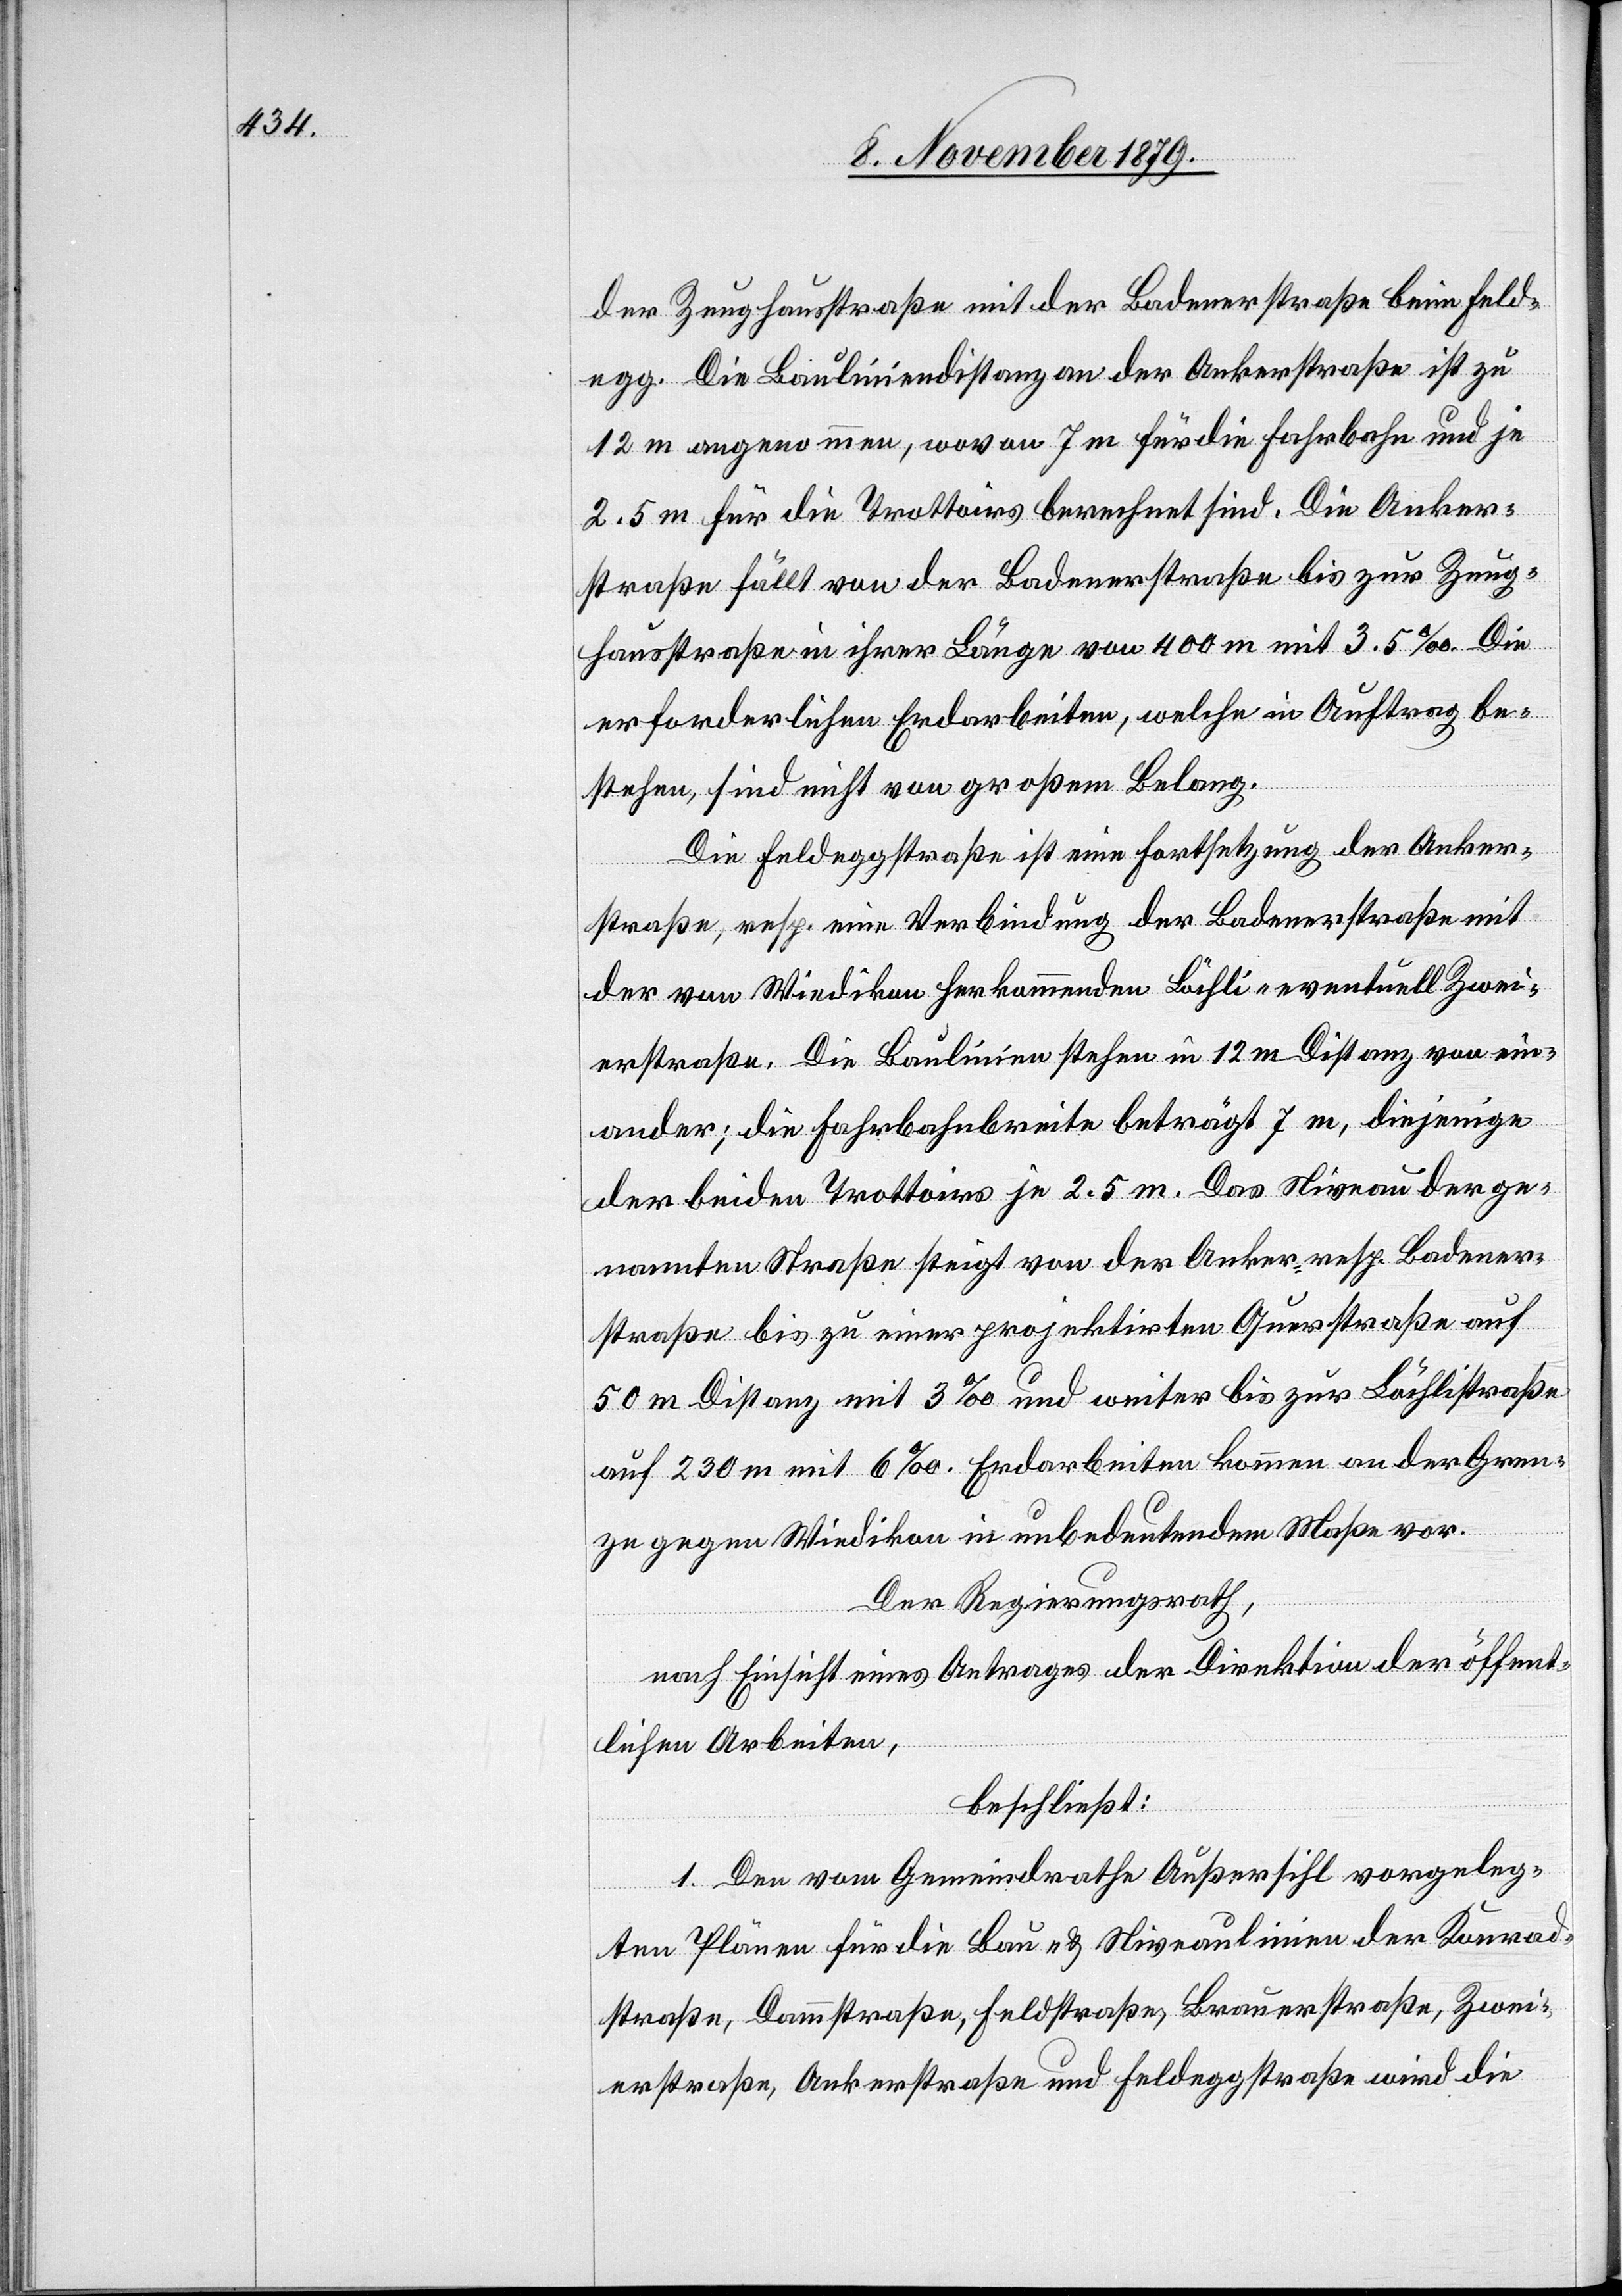
der Zeughausstraße mit der Badenerstraße beim Feld¬
egg. Die Bauliniendistanz an der Ankerstraße ist zu
12 m angenommen, wovon 7 m für die Fahrbahn und je
2.5 m für die Trottoirs berechnet sind. Die Anker¬
straße fällt von der Badenerstraße bis zur Zeug¬
hausstraße in ihrer Länge von 400 m mit 3.5%. Die
erforderlichen Erdarbeiten, welche in Auftrag be¬
stehen, sind nicht von großem Belang.
Die Feldeggstraße ist eine Fortsetzung der Anker¬
straße, resp. eine Verbindung der Badenerstraße mit
der von Wiedikon herkommenden Löchli- eventuell Zwei¬
erstraße, Die Baulinien stehen in 12 m Distanz von ein¬
ander; die Fahrbahnbreite beträgt 7 m, diejenige
der beiden Trottoirs je 2.5 m. Das Niveau der ge¬
nannten Straße steigt von der Anker- resp. Badener¬
straße bis zu einer projektirten Querstraße auf
50 m Distanz mit 3% und weiter bis zur Löchlistraße
auf 230 m mit 6%. Erdarbeiten kommen an der Gren¬
ze gegen Wiedikon in unbedeutendem Maße vor.
Der Regierungsrath,
nach Einsicht eines Antrages der Direktion der öffent¬
lichen Arbeiten,
beschließt:
1. Den vom Gemeindrathe Außersihl vorgeleg¬
ten Plänen für die Bau- & Niveaulinien der Konrad¬
straße, Dammstraße, Feldstraße, Brauerstraße, Zwei¬
erstraße, Ankerstraße und Feldeggstraße wird die